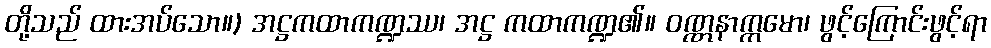
တို့သည် ထားအပ်သော။) အဋ္ဌကထာကဏ္ဍဿ၊ အဋ္ဌ ကထာကဏ္ဍ၏။ ဝဏ္ဏနာက္ကမော၊ ဖွင့်ကြောင်းဖွင့်ရာ